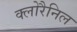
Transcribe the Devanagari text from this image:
क्लोरैनिल